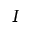
I